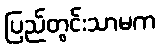
ပြည်တွင်းသာမက